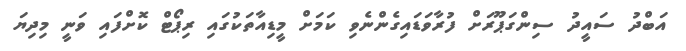
އަބްދު ސައީދު ސިންގަޕޫރަށް ފުރާވަޑައިގެންނެވި ކަމަށް މީޑިއާތަކުގައި ރިޕޯޓް ކޮށްފައި ވަނީ މިދިޔަ